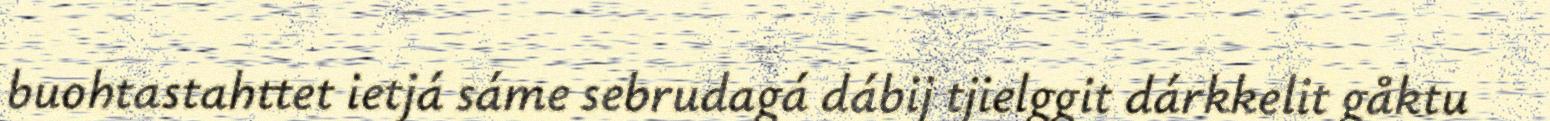
buohtastahttet ietjá sáme sebrudagá dábij tjielggit dárkkelit gåktu